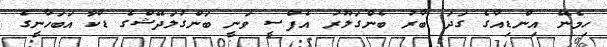
ހިމެނޭ އިންޑިއާގެ ގަދަ ބާރު ބެންގަލޫރު އެފްސީ ވަނީ ބަންގުލަދޭޝްގެ ޑާކާ އަބަހާނީގެ